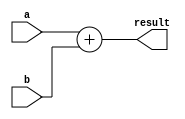
module Adder16(input [15: 0] a, b, output [15: 0] result);
  assign result = a + b;
endmodule